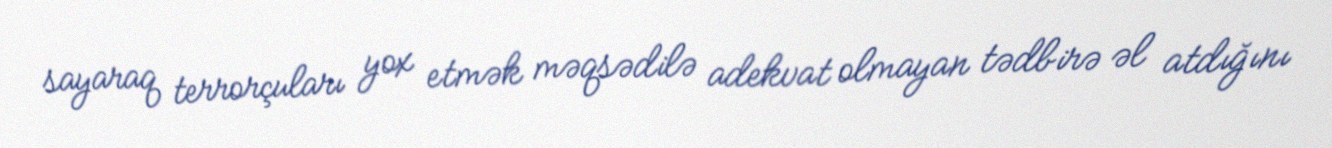
sayaraq terrorçuları yox etmək məqsədilə adekvat olmayan tədbirə əl atdığını